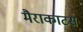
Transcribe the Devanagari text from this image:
मैराकाटस